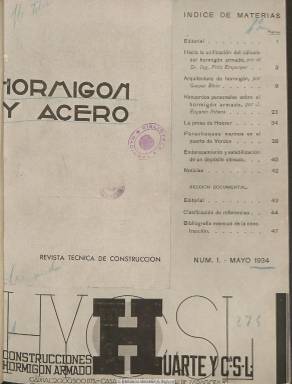
Título: Hormigón y acero (Madrid. 1934)
Colección: Arquitectura y construcción || Industria
Ámbito geográfico: Madrid
Lugar de publicación: Madrid
Fechas: 01/05/1934-30/06/1936

Revista técnica de construcción destinada tanto a arquitectos como ingenieros, que dedica mayor atención a los casos prácticos que a los teóricos y con amplia presencia de autores y asuntos extranjeros. Es codirigida por los ingenieros de Caminos Eduardo Torroja y Enrique García Reyes. Con periodicidad mensual, aparece su primer número en mayo de 1934, y sus entregas son en torno a las sesenta páginas (con foliación continuada anual). Sus artículos técnicos van acompañados de numerosas fotografías en blanco y negro de edificios y otras construcciones, tanto de panorámicas como de vistas parciales de exteriores e interiores, así como de figuras, dibujos y planos arquitectónicos. Su objetivo es poner en contacto a la técnica española con la más prestigiosa a nivel internacional sobre estudios y métodos de construcción (instalaciones mecánicas, eléctricas y térmicas, de ventilación o iluminación). Publica una sección de Bibliografía de la construcción, con referencias de monografías y prensa técnica mundial. También inserta anuncios de publicidad comercial.

Entre los artículos técnicos que publica aparecen preferentemente los relativos al hormigón armado, y entre los referidos a cuestiones prácticas, los dedicados a la presa de Hoover, al puerto de Verdon, a la construcción de carreteras en Inglaterra e Irlanda o al proyecto del viaducto ferroviario sobre el Esla, entre otros muchos. Entre los autores aparecen los nombres de Fritz Emperger, Gaspar Blein, J. Eugenio Ribera, R. Saliger, Félix González, E. Pedro de Cendoya, Manuel Lorenzo Pardo, E. Probst, José Juan Aracil o César Villalba Granda. En su cuadro de colaboradores se indican los nombres de ingenieros y profesores de universidades y escuelas técnicas superiores de ciudades como Lieja, Berlín, París, Stuttgart, París, Zurich, Viena y Milán. El último número de esta revista en la colección de la Biblioteca Nacional de España es el 26, correspondiente a junio de 1936.